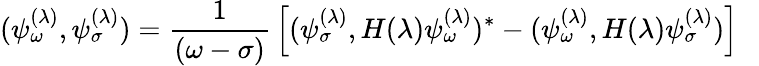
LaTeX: (\psi_{\omega}^{(\lambda)},\psi_{\sigma}^{(\lambda)})={\frac{1}{(\omega-\sigma)}}\left[(\psi_{\sigma}^{(\lambda)},H(\lambda)\psi_{\omega}^{(\lambda)})^{*}-(\psi_{\omega}^{(\lambda)},H(\lambda)\psi_{\sigma}^{(\lambda)})\right]~~~